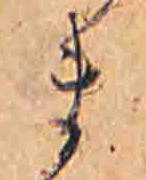
ま